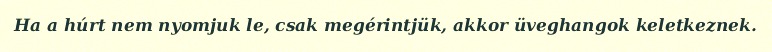
Ha a húrt nem nyomjuk le, csak megérintjük, akkor üveghangok keletkeznek.